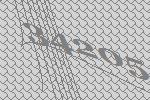
34205